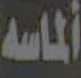
الماسه